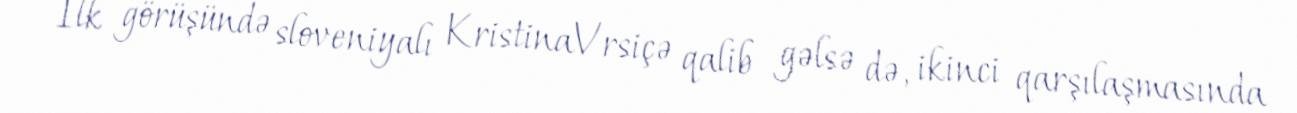
İlk görüşündə sloveniyalı KristinaVrsiçə qalib gəlsə də, ikinci qarşılaşmasında